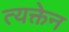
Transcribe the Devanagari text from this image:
त्यक्तेन